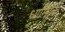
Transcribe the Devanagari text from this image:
धार्मिकि